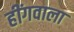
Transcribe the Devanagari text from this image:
हींगवाला